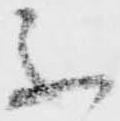
不